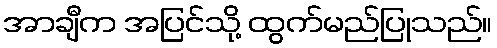
အာချီက အပြင်သို့ ထွက်မည်ပြုသည်။